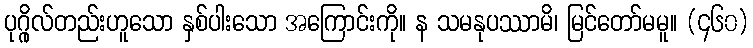
ပုဂ္ဂိုလ်တည်းဟူသော နှစ်ပါးသော အကြောင်းကို။ န သမနုပဿာမိ၊ မြင်တော်မမူ။ (၄၆၀)